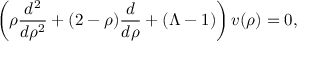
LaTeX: \left( \rho \frac { d ^ { 2 } } { d \rho ^ { 2 } } + ( 2 - \rho ) \frac { d } { d \rho } + ( \Lambda - 1 ) \right) v ( \rho ) = 0 ,